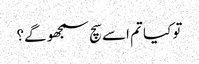
تو کیا تم اسے سچ سمجھو گے؟